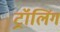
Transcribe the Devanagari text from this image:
ट्रॉलिंग